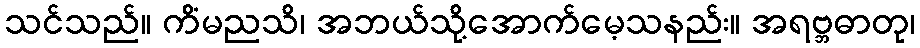
သင်သည်။ ကိံမညသိ၊ အဘယ်သို့အောက်မေ့သနည်း။ အရဗ္ဘဓာတု၊